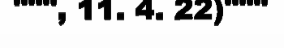
""", 11. 4. 22)"""